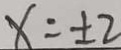
x = \pm 2